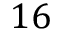
1 6